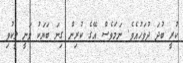
ކުރީ ބުދަ ދުވަހުއެވެ. ނަމަވެސް އޭގެ ކުރިން ގިނަ ބަޔަކު ވަނީ ލީކުވި